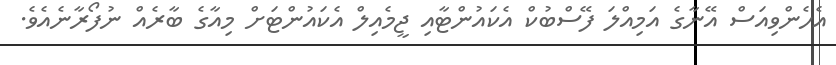
އެހެންވިއަސް އޭނާގެ އަމިއްލަ ފޭސްބުކް އެކައުންޓާއި ޖީމެއިލް އެކައުންޓަށް މިއާގެ ބާރެއް ނުފޯރާނެއެވެ.